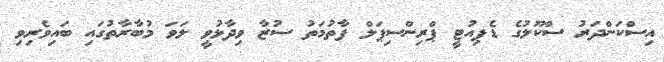
އިސްކަންދަރު ސްކޫލުގެ ޑެޕިއުޓީ ޕްރިންސިޕަލް ފާތުމަތު ސުޒާ ވިދާޅުވީ ލަވަ މުބާރާތުގައި ބައިވެރިވި